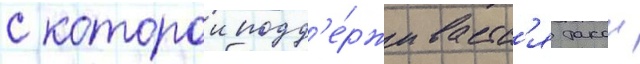
с которои подд'е́рживаетс'я такои